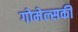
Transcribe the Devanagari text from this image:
गोमेल्सकी